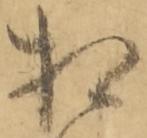
相